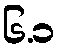
၆.၁